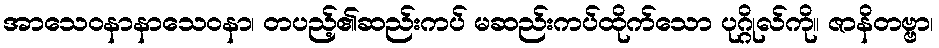
အာသေဝနာနာသေဝနာ၊ တပည့်၏ဆည်းကပ် မဆည်းကပ်ထိုက်သော ပုဂ္ဂိုလ်ကို။ ဇာနိတဗ္ဗာ၊